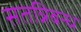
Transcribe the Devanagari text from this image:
सतन्निबन्ध